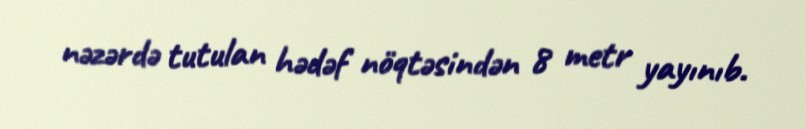
nəzərdə tutulan hədəf nöqtəsindən 8 metr yayınıb.